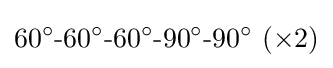
60^{\circ }{\text{-}}60^{\circ }{\text{-}}60^{\circ }{\text{-}}90^{\circ }{\text{-}}90^{\circ }~(\times 2)